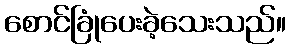
စောင်ခြုံပေးခဲ့သေးသည်။